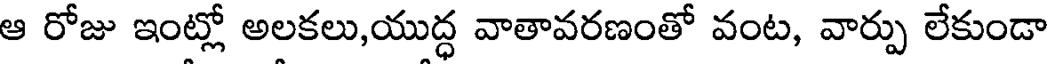
ఆ రోజు ఇంట్లో అలకలు,యుద్ధ వాతావరణంతో వంట, వార్పు లేకుండా